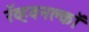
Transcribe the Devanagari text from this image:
रॅव्हवनक्लॉ